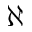
\aleph